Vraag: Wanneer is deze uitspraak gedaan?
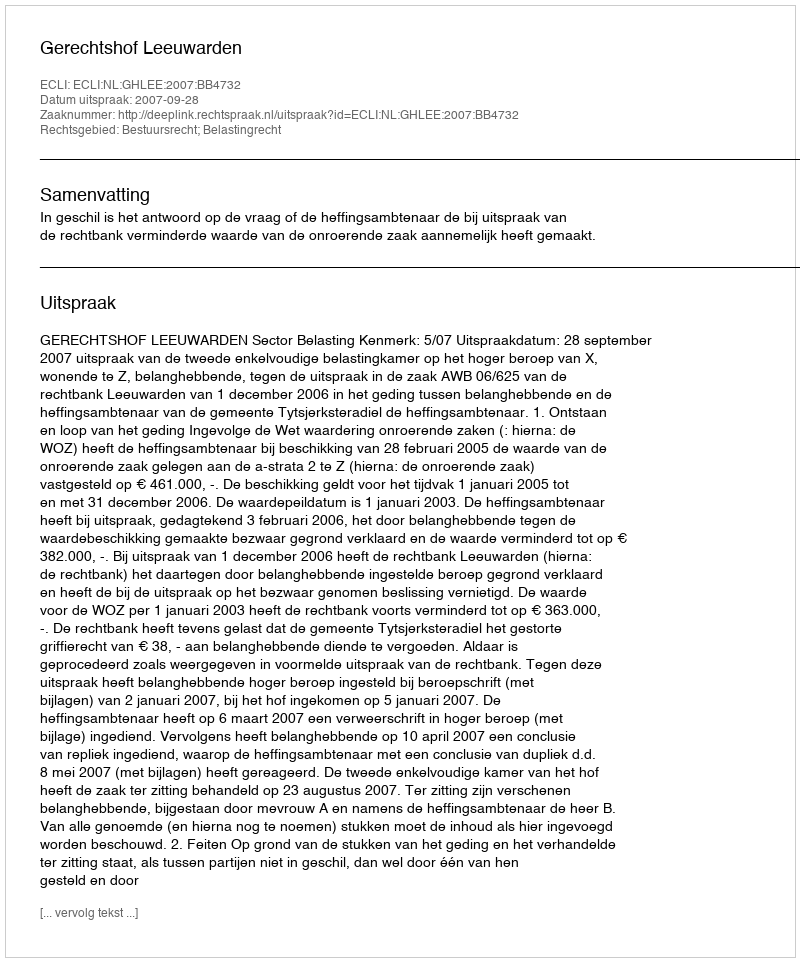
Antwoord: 2007-09-28